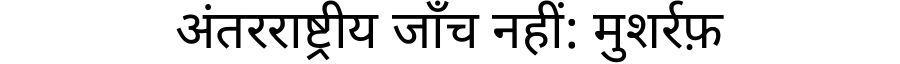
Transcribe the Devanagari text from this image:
अंतरराष्ट्रीय जाँच नहीं: मुशर्रफ़